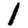
Digit: 1